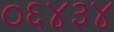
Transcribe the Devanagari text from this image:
०६४३४